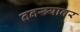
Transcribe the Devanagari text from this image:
तनख्यावर